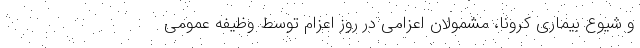
و شیوع بیماری کرونا، مشمولان اعزامی در روز اعزام توسط وظیفه عمومی